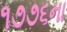
૧૭૭૬ના